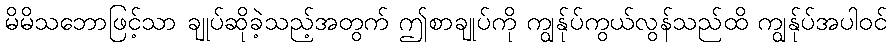
မိမိသဘောဖြင့်သာ ချုပ်ဆိုခဲ့သည့်အတွက် ဤစာချုပ်ကို ကျွန်ုပ်ကွယ်လွန်သည်ထိ ကျွန်ုပ်အပါဝင်